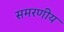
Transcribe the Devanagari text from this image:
समरणीय